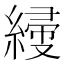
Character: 𦃌